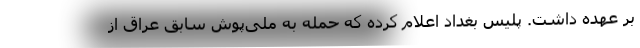
بر عهده داشت. پلیس بغداد اعلام کرده که حمله به ملی‌پوش سابق عراق از